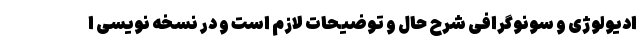
ادیولوژی و سونوگرافی شرح حال و توضیحات لازم است و در نسخه نویسی ا